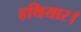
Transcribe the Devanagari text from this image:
हथियार।